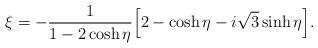
LaTeX: \begin{align*}\xi=-\frac{1}{1-2\cosh\eta}\Bigl[2-\cosh\eta-i\sqrt{3}\sinh\eta\Bigr].\end{align*}